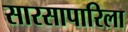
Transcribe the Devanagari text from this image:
सारसापारिला